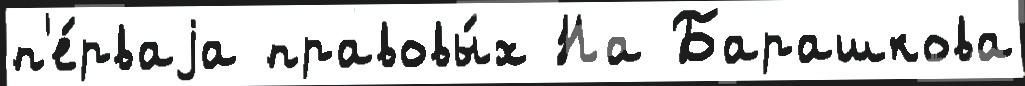
п'е́рваjа правовы́х На Барашкова